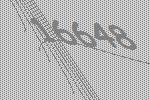
16648